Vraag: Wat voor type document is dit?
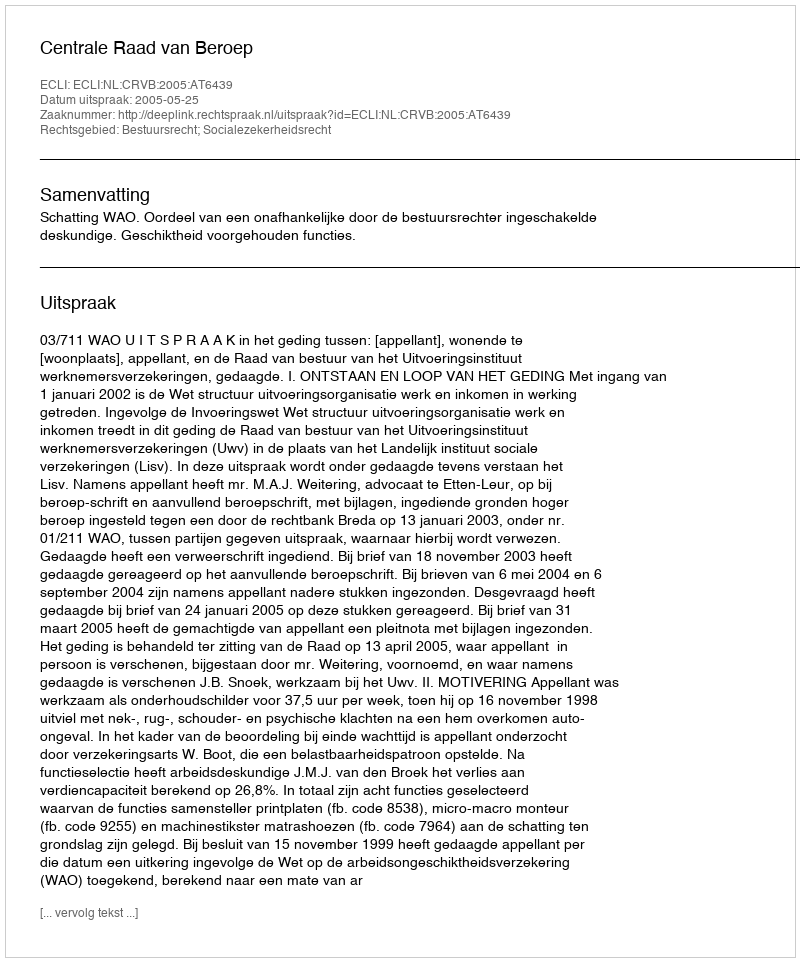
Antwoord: Uitspraak